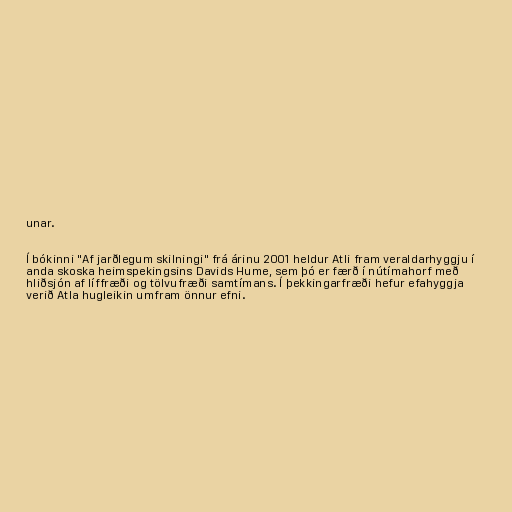
unar.

Í bókinni "Af jarðlegum skilningi" frá árinu 2001 heldur Atli fram veraldarhyggju í
anda skoska heimspekingsins Davids Hume, sem þó er færð í nútímahorf með
hliðsjón af líffræði og tölvufræði samtímans. Í þekkingarfræði hefur efahyggja
verið Atla hugleikin umfram önnur efni.